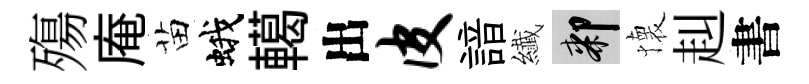
殤庵苗蛾轕出皮諳纎膝懐赳書